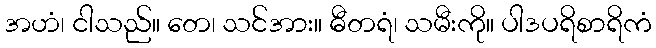
အဟံ၊ ငါသည်။ တေ၊ သင်အား။ ဓီတရံ၊ သမီးကို။ ပါဒပရိစာရိကံ